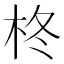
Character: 柊